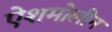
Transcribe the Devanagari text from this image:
ऐशमोलीन